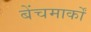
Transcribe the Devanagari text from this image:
बेंचमार्कों